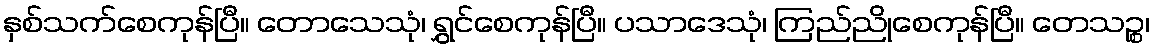
နှစ်သက်စေကုန်ပြီ။ တောသေသုံ၊ ရွှင်စေကုန်ပြီ။ ပသာဒေသုံ၊ ကြည်ညိုစေကုန်ပြီ။ တေသဉ္စ၊